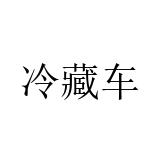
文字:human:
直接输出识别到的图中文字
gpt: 冷藏车